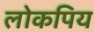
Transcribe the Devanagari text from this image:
लोकपिय